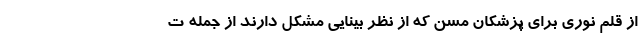
از قلم نوری برای پزشکان مسن که از نظر بینایی مشکل دارند از جمله ت